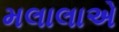
મલાલાએ